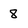
Character: 8